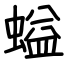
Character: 螠